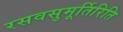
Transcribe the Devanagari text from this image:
रसवसुमूर्तिरिति